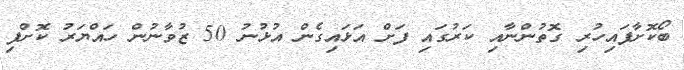
ބޯކޮށާފައިހުރި ގޮތުންނާއި ކަރުގައި ފަށް އަޅައިގެން އުޅުނު 50 ޒުވާނުން ހައްޔަރު ކޮށްފި